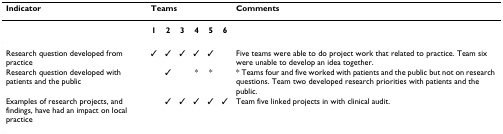
<table><thead><tr><td><b>Indicator</b></td><td colspan="6"><b>Teams</b></td><td><b>Comments</b></td></tr></thead><tbody><tr><td></td><td><b>1</b></td><td><b>2</b></td><td><b>3</b></td><td><b>4</b></td><td><b>5</b></td><td><b>6</b></td><td></td></tr><tr><td>Research question developed from practice</td><td>✓</td><td>✓</td><td>✓</td><td>✓</td><td>✓</td><td></td><td>Five teams were able to do project work that related to practice. Team six were unable to develop an idea together.</td></tr><tr><td>Research question developed with patients and the public</td><td></td><td>✓</td><td></td><td>*</td><td>*</td><td></td><td>* Teams four and five worked with patients and the public but not on research questions. Team two developed research priorities with patients and the public.</td></tr><tr><td>Examples of research projects, and findings, have had an impact on local practice</td><td></td><td>✓</td><td>✓</td><td>✓</td><td>✓</td><td>✓</td><td>Team five linked projects in with clinical audit.</td></tr></tbody></table>